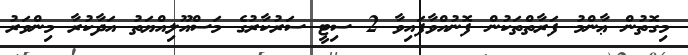
މިގޮތުން ޢާންމު ފަރާތްތަކުން ފޮނުއްވާފައިވާ 2 ސިޓީ ސަރުކާރުގެ މަސްއޫލިއްޔަތު އަދާކުރާ މިންވަރު